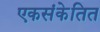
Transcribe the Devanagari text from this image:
एकसंकेतित